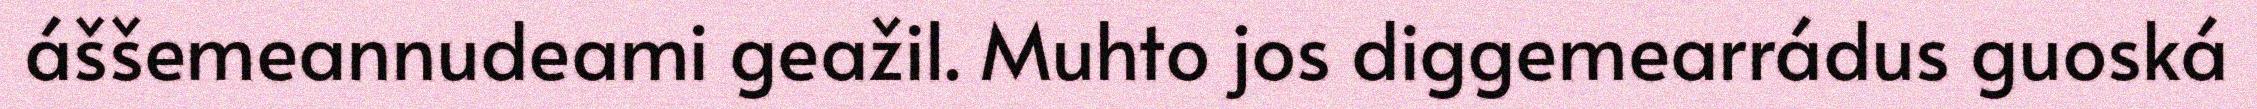
áššemeannudeami geažil. Muhto jos diggemearrádus guoská